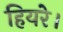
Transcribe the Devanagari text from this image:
हियरे।